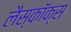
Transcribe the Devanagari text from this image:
लैस्कॉक्स